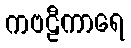
ကဗဠီကာရေ